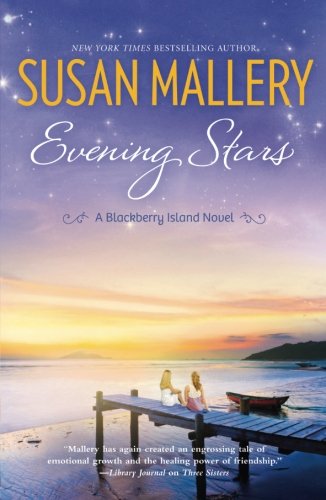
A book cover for Evening Stars (Blackberry Island); Susan Mallery; Literature & Fiction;